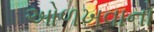
ઓળખવાનો